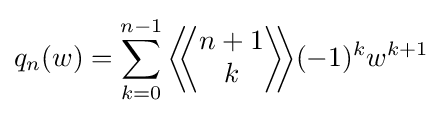
q_{n}(w)=\sum _{k=0}^{n-1}{\bigg \langle }\!\!{\bigg \langle }{\begin{matrix}n+1\\k\end{matrix}}{\bigg \rangle }\!\!{\bigg \rangle }(-1)^{k}w^{k+1}